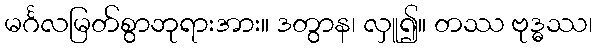
မင်္ဂလမြတ်စွာဘုရားအား။ ဒတွာန၊ လှူ၍။ တဿ ဗုဒ္ဓဿ၊